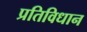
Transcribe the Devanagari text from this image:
प्रतिविधान